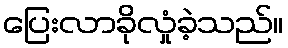
ပြေးလာခိုလှုံခဲ့သည်။